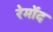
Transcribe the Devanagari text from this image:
रेमोंद